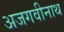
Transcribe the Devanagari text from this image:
अजगवीनाथ